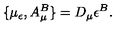
\{ \mu _ { \epsilon } , A _ { \mu } ^ { B } \} = D _ { \mu } \epsilon ^ { B } .